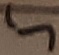
Text: 5